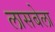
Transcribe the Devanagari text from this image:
लासबेला